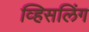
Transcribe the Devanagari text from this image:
व्हिसलिंग